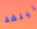
لينقذ